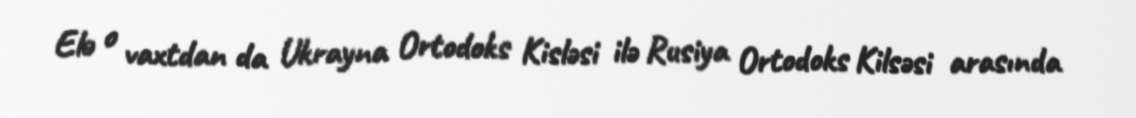
Elə o vaxtdan da Ukrayna Ortodoks Kisləsi ilə Rusiya Ortodoks Kilsəsi arasında